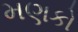
મણકો